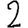
Digit: 2